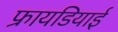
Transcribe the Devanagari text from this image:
फ्रायडियाई